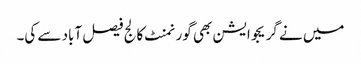
میں نے گریجوایشن بھی گورنمنٹ کالج فیصل آباد سے کی۔